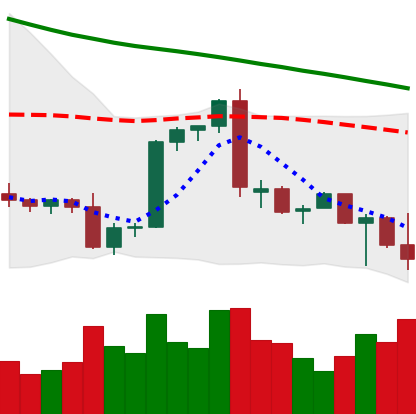
Ticker: BTC-USD
Chart end date: 2022-09-21
Forward return: 3.641%
Label: up_3_5